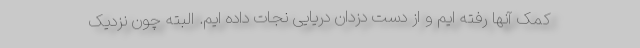
کمک آنها رفته ایم و از دست دزدان دریایی نجات داده ایم. البته چون نزدیک